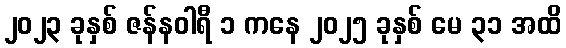
၂၀၂၃ ခုနှစ် ဇန်နဝါရီ ၁ ကနေ ၂၀၂၅ ခုနှစ် မေ ၃၁ အထိ